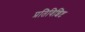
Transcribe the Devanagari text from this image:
प्रतिविशिष्ट